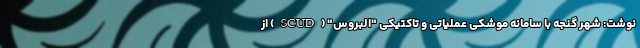
نوشت: شهر گنجه با سامانه موشکی عملیاتی و تاکتیکی "البروس" (SCUD) از